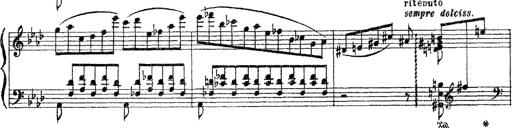
Title: 3 sonetti di Petrarca
Composer: Franz Liszt